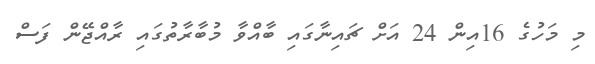
މި މަހުގެ 16އިން 24 އަށް ޗައިނާގައި ބާއްވާ މުބާރާތުގައި ރާއްޖޭން ފަސް